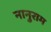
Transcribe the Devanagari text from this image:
नानुराम